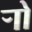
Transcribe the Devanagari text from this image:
र्‍ाो